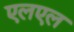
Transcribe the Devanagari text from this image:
एलएल